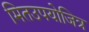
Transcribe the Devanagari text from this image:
मितउपयोजित्र